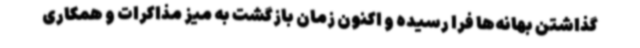
گذاشتن بهانه‌ها فرا رسیده و اکنون زمان بازگشت به میز مذاکرات و همکاری